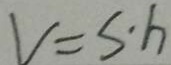
V = s \cdot h